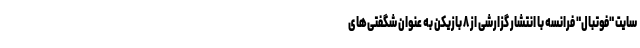
سایت "فوتبال" فرانسه با انتشار گزارشی از ۸ بازیکن به عنوان شگفتی‌های